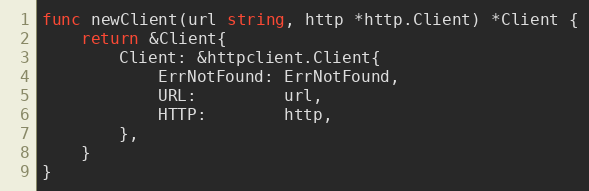
Language: Go
func newClient(url string, http *http.Client) *Client {
	return &Client{
		Client: &httpclient.Client{
			ErrNotFound: ErrNotFound,
			URL:         url,
			HTTP:        http,
		},
	}
}